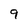
Character: 9